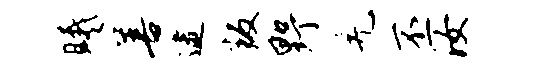
曦善逮叛野羌丕汝